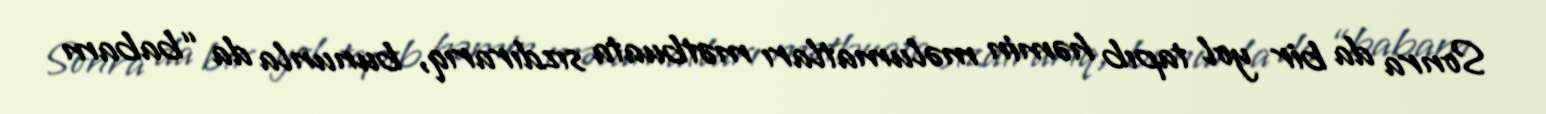
Sonra da bir yol tapıb həmin məlumatları mətbuata sızdırarıq, bununla da “babam